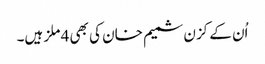
اُن کے کزن شمیم خان کی بھی 4 ملز ہیں۔